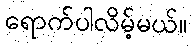
ရောက်ပါလိမ့်မယ်။